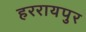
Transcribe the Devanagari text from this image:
हररायपुर